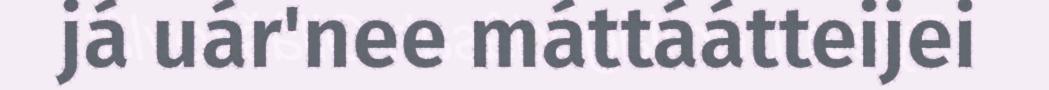
já uár'nee máttáátteijei